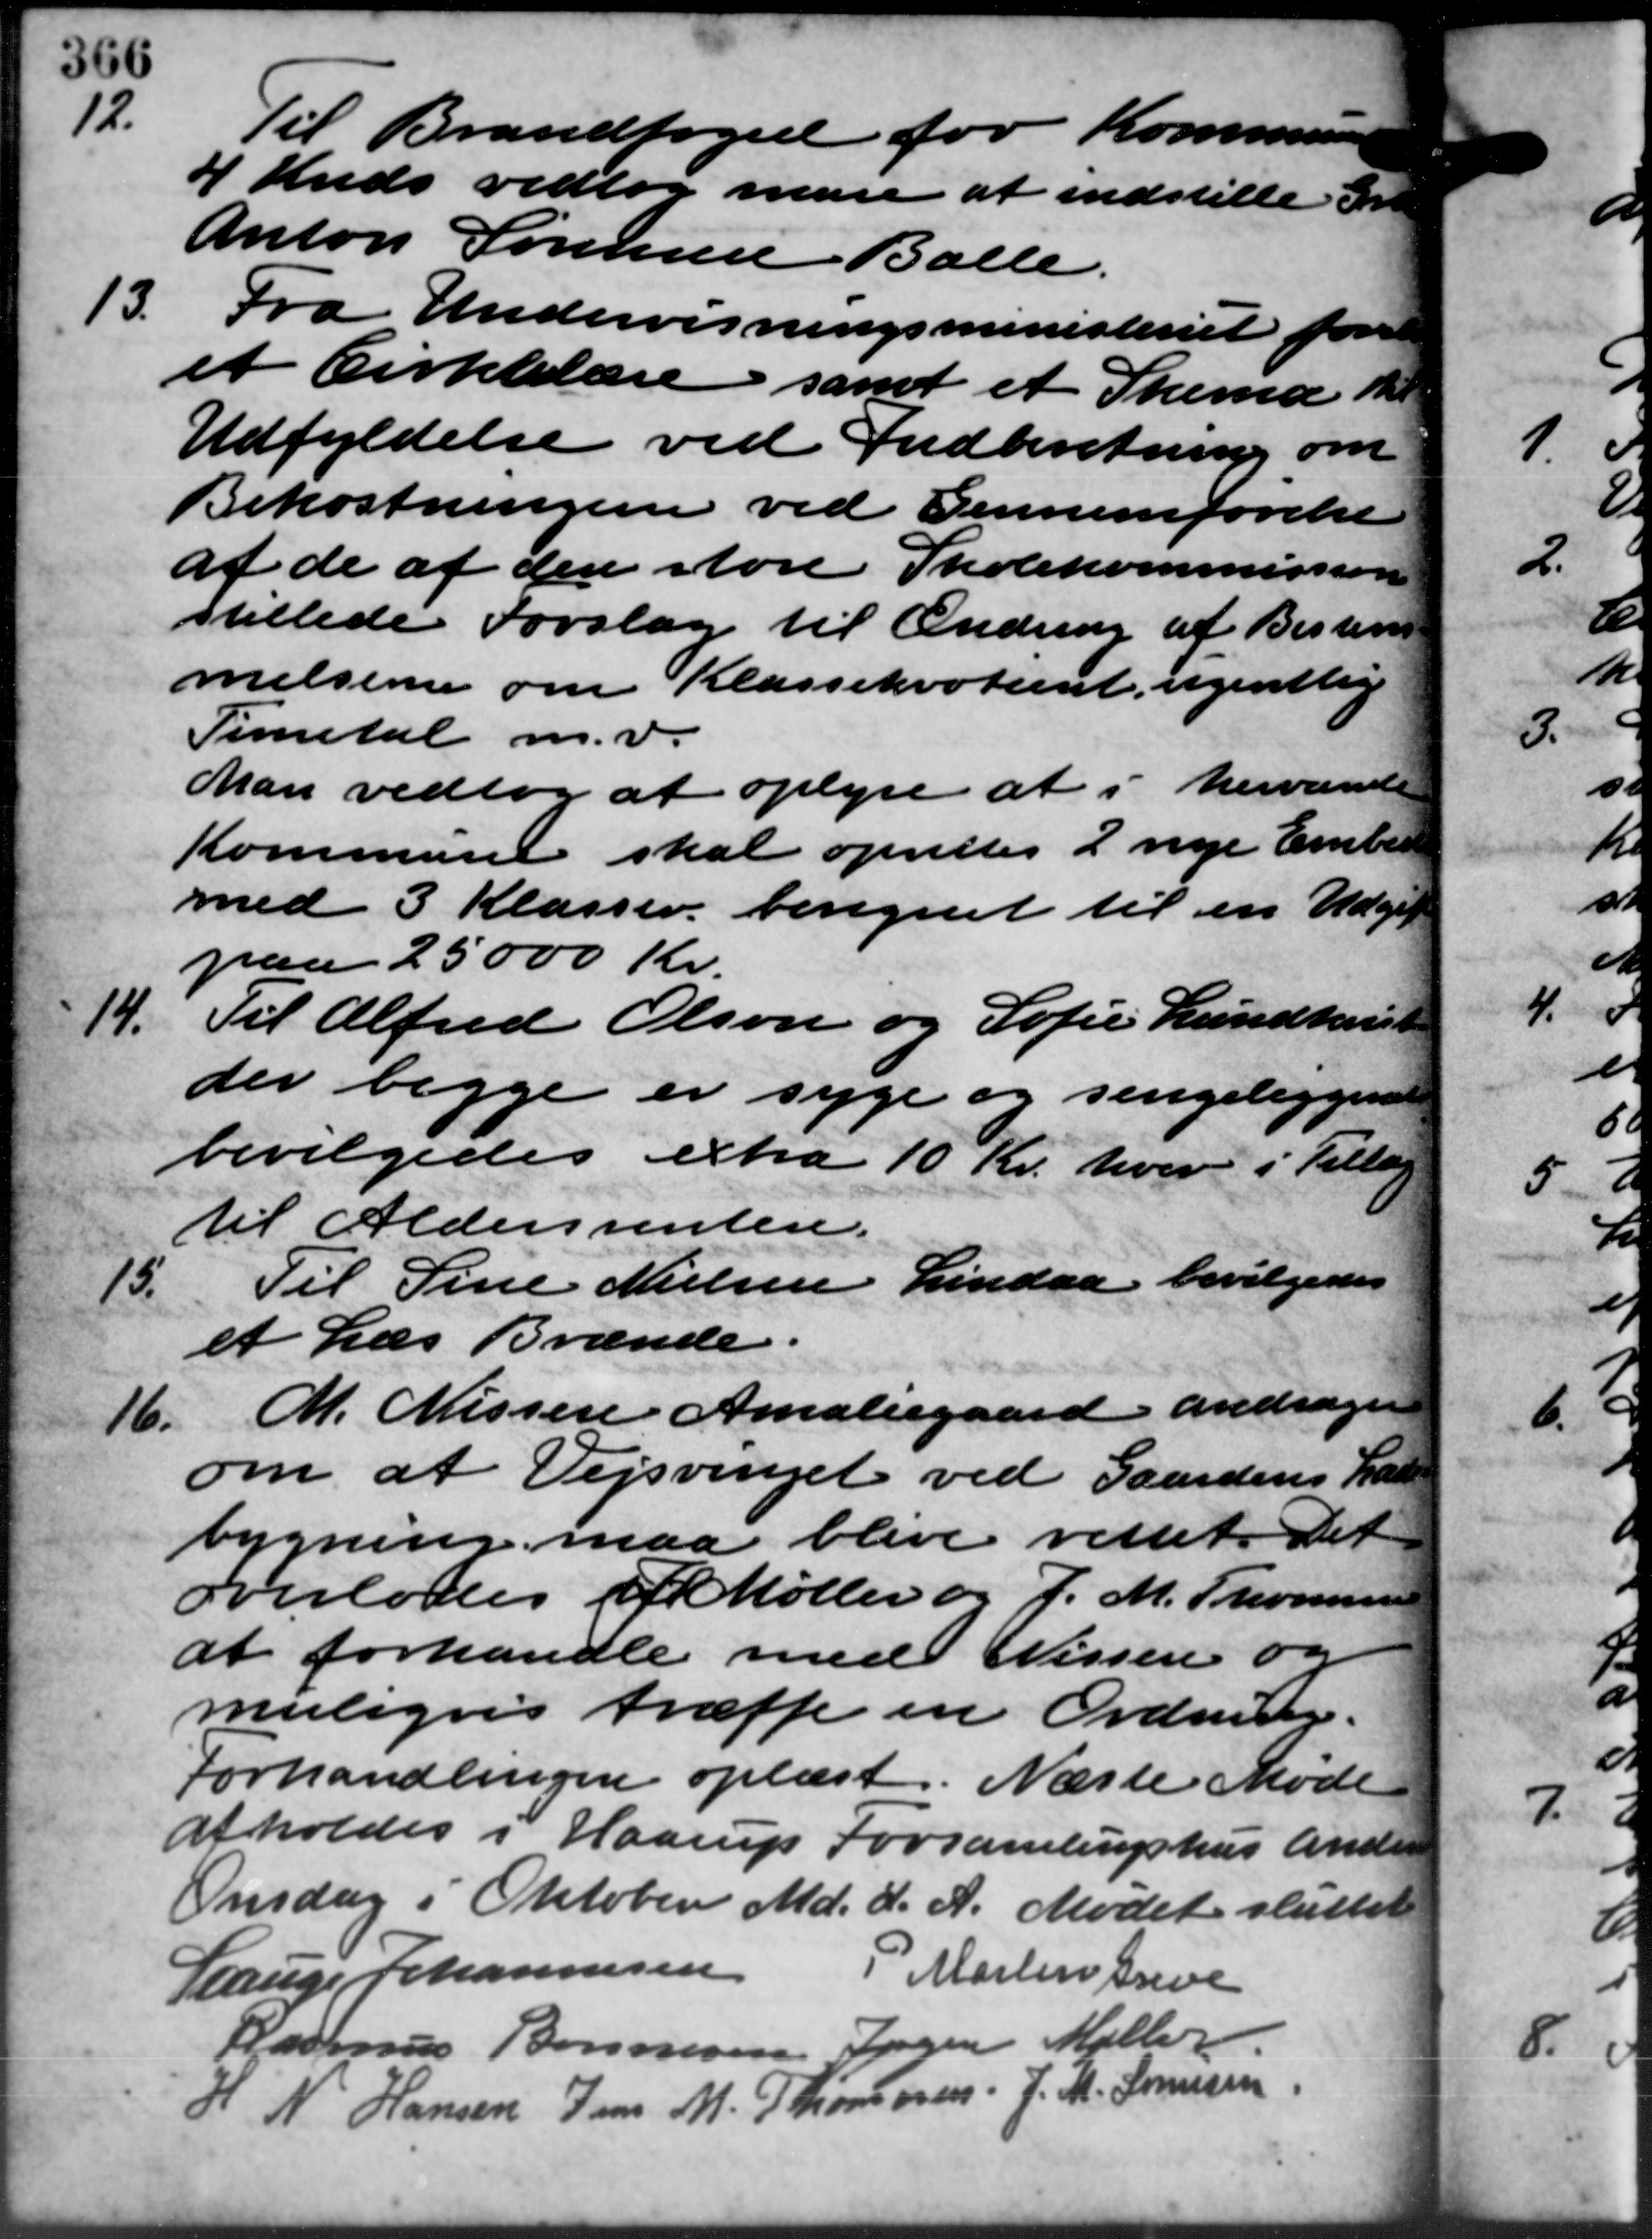
Transskription:
12.
Til Brandfoged for Kommunen
4 Kreds vedtog man at indstille Gr
Anton Sørensen Balle.
13.
Fra Undervisningsministeriet for
et Cirklelære samt et Skema til
Udfyldelse ved Indberetning om
Bekostningen ved Gennemførelse
af de af den store Skolekommissione
stillede Forslag til Ændring af Bestem
melserne om Klassekroteent ugentlig
Timetal m.v.
Man vedtog at oplyse at i herværede
Kommune skal oprettes 2 nye Ember
med 3 Klasser, beregnet til en Udgift
paa 25000 Kr.
14.
Til Alfred Olsen og Sofie Lundhoust
der begge er syge og sengeliggende
bevilgedes extra 10 Kr. hver i Tillæg
til Aldersrenten.
15.
Til Sine Nielsen Lindaa bevilgedes
et Læs Brænde.
16. M. Nissen Amaliegaard andrager
16. M. Nissen Amaliegaard andrager
om at Vejsvinget ved Gaardens Kr
bygning maa blive rettet. Det
overlodes  Møller og J. M. Thomsen
at forhandle med Nissen og
muligvis træffe en Ordning.
Forhandlingen oplæst. Næste Møde
afholdes i Haarup Forsamlingshus Ander
Onsdag i Oktober Md. d. A. Mødet sluttet
Lauge Johannesen P. Martin Greve
Rasmus Bonnesen Jørgen Møller
H. N. Hansen Jens M. Thomasen J. M. Sørensen